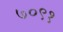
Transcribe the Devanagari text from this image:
७०९१